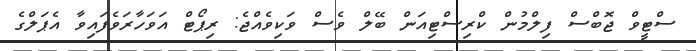
ސްޓީވް ޖޮބްސް ފިލްމުން ކްރިސްޓިއަން ބޭލް ވެސް ވަކިވެއްޖެ: ރިޕޯޓް އަވަހާރަވެފައިވާ އެޕަލްގެ